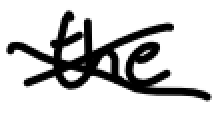
Text: the
Cross-out: mix
Writing tool: digital_black